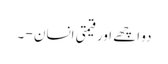
دو اچھے اور قیمتی انسان - ۔